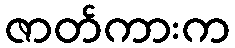
ဇာတ်ကားက